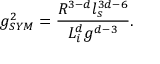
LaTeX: g _ { S Y M } ^ { 2 } = \frac { R ^ { 3 - d } l _ { s } ^ { 3 d - 6 } } { L _ { i } ^ { d } g ^ { d - 3 } } .